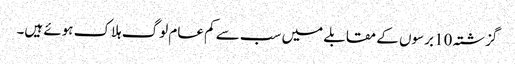
گزشتہ 10 برسوں کے مقابلے میں سب سے کم عام لوگ ہلاک ہوئے ہیں۔